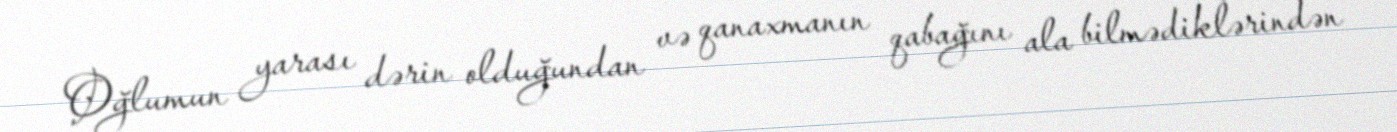
Oğlumun yarası dərin olduğundan və qanaxmanın qabağını ala bilmədiklərindən